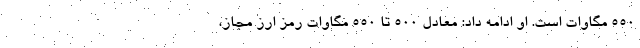
۵۵۰ مگاوات است. او ادامه داد: معادل ۵۰۰ تا ۵۵۰ مگاوات رمز ارز مجاز،